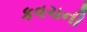
કવચની